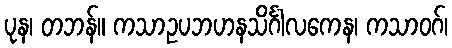
ပုန၊ တဘန်။ ကသာဥပဘဟနသိင်္ဂါလကေန၊ ကသာဝဂ်၊